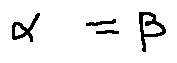
\alpha = \beta